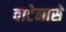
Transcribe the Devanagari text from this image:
वाटेनासे